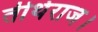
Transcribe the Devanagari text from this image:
तीर्थराज।